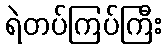
ရဲတပ်ကြပ်ကြီး